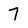
Character: 7